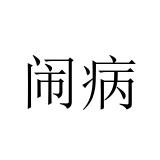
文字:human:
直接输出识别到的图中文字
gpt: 闹病